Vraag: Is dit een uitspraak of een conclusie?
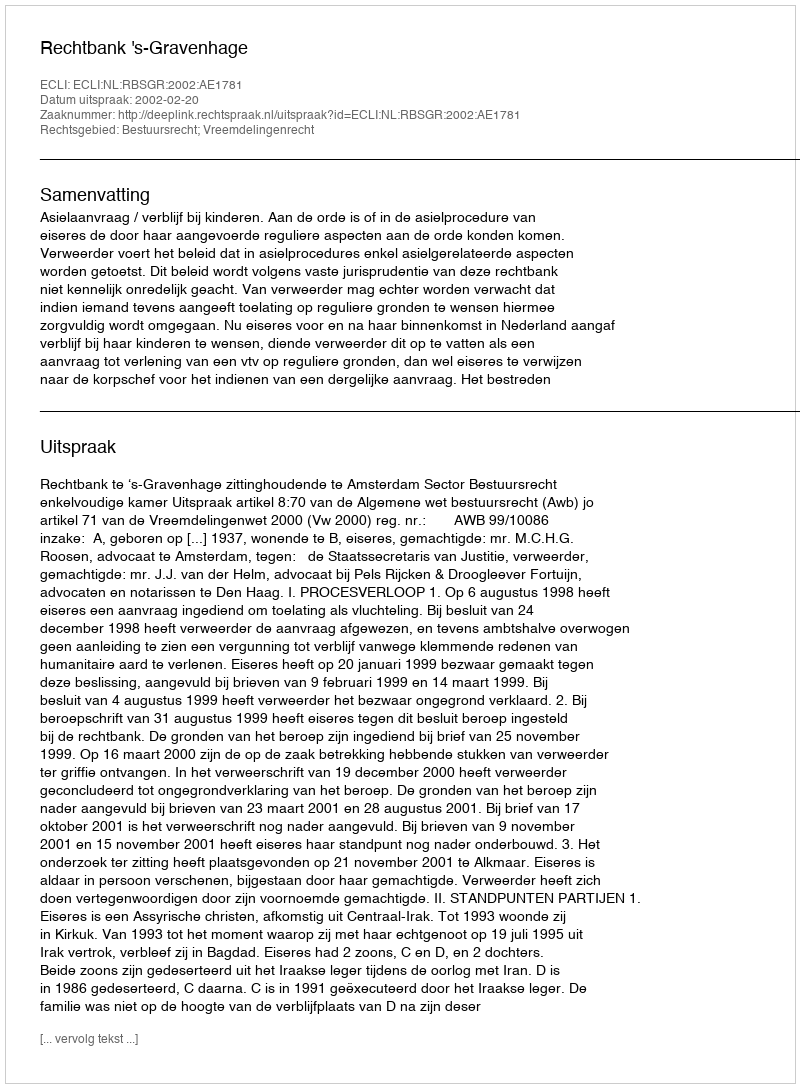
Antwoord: Uitspraak